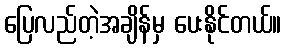
ပြေလည်တဲ့အချိန်မှ ပေးနိုင်တယ်။